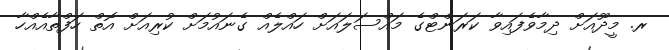
ރ. މީދޫއަށް ދިމާވެފައިވާ ކަރަންޓްގެ މައްސަލައަށް ހައްލެއް ގެނައުމަށް ކުރިއަށް އޮތް ހަފްތާއެއްހާ